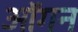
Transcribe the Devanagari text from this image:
ऑगन